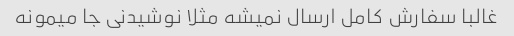
غالبا سفارش کامل ارسال نمیشه مثلا نوشیدنی جا میمونه